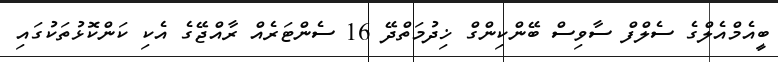
ބީއެމްއެލްގެ ސެލްފް ސާވިސް ބޭންކިންގް ޚިދުމަތްދޭ 16 ސެންޓަރެއް ރާއްޖޭގެ އެކި ކަންކޮޅުތަކުގައި